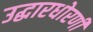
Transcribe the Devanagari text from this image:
उद्धारधोरणी